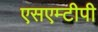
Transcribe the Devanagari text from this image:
एसएम्टीपी